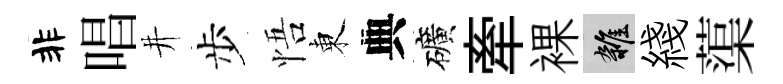
非唱井步悟東典礦牽裸雜綫蕖